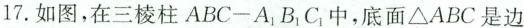
17.如图，在三棱柱ABC-A_{1}B_{1}C_{1}中，底面\bigtriangleup ABC是边